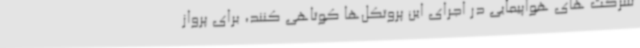
شرکت های هواپیمایی در اجرای این پروتکل‌ها کوتاهی کنند، برای پرواز